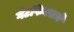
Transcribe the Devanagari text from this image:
गेटफिक्सचे